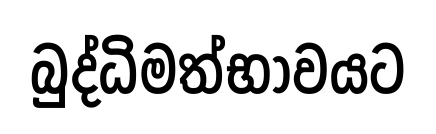
බුද්ධිමත්භාවයට